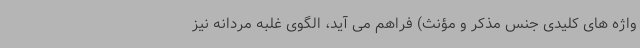
واژه های کلیدی جنس مذکر و مؤنث) فراهم می آید، الگوی غلبه مردانه نیز